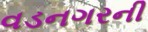
વડનગરની